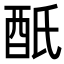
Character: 𨟾